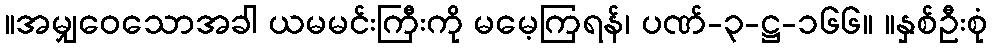
။အမျှဝေသောအခါ ယမမင်းကြီးကို မမေ့ကြရန်၊ ပဏ်-၃-ဋ္ဌ-၁၆၆။ ။နှစ်ဦးစုံ